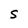
Character: S